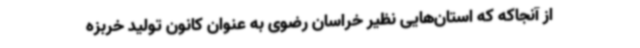
از آنجاکه که استان‌هایی نظیر خراسان رضوی به عنوان کانون تولید خربزه